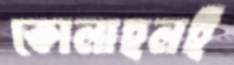
কোলাহলই